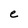
Character: e